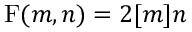
\operatorname { F } ( m , n ) = 2 [ m ] n